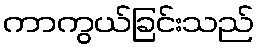
ကာကွယ်ခြင်းသည်